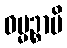
ဓမ္မဉ္စာပိ